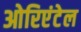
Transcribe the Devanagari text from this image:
ओरिएंटेल